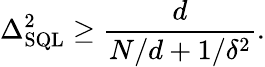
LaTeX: \Delta_{\mathrm{SQL}}^{2}\geq\frac{d}{N/d+1/\delta^{2}}.